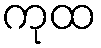
ကုထ